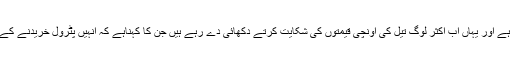
امریکہ میں اکثر افراد کا گاڑیوں کے بغیر گذارہ مشکل ہے اور یہاں اب اکثر لوگ تیل کی اونچی قیمتوں کی شکایت کرتے دکھائی دے رہے ہیں جن کا کہناہے کہ انہیں پٹرول خریدنے کے لیے معمول سے کہیں زیادہ قیمت ادا کرنا پڑ رہی ہے۔